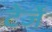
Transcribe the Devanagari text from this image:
टेर्जे